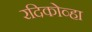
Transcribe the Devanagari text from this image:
रदिकोव्हा